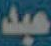
عبد